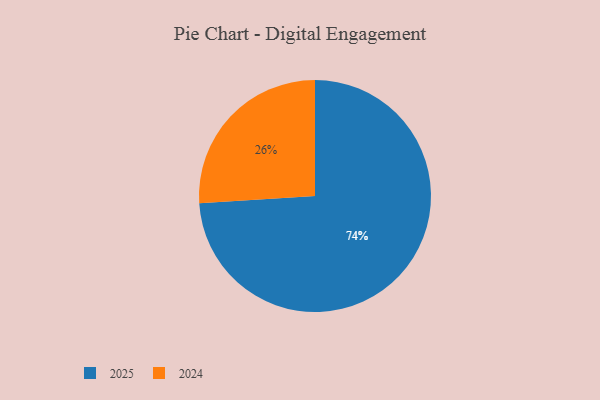
{"axis": {"x": "Category", "y": "Percentage"}, "legend": ["2024", "2025"], "data": [{"x": "2024", "y": 26, "type": "2024"}, {"x": "2025", "y": 74, "type": "2025"}]}